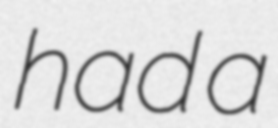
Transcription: had a